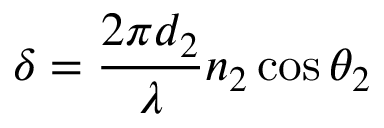
\delta = \frac { 2 \pi d _ { 2 } } { \lambda } n _ { 2 } \cos \theta _ { 2 }